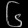
Digit: ၆